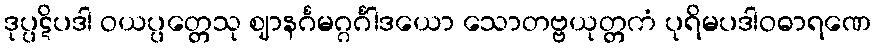
ဒုပ္ပဋိပဒါ ဝယပ္ပတ္တေသု ဈာနင်္ဂမဂ္ဂင်္ဂါဒယော သောတဗ္ဗယုတ္တကံ ပုရိမပဒါဝဓာရဏေ